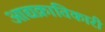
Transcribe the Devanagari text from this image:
आद्यक्रांतिकारी